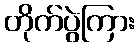
တိုက်ပွဲကြား